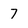
Character: 7